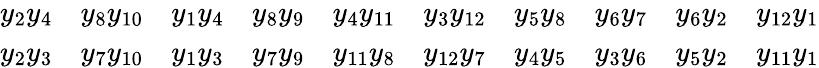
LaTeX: \begin{array}{rlrlrlrlrl}{{y_{2}y_{4}}}&{{y_{8}y_{10}}}&{{y_{1}y_{4}}}&{{y_{8}y_{9}}}&{{y_{4}y_{11}}}&{{y_{3}y_{12}}}&{{y_{5}y_{8}}}&{{y_{6}y_{7}}}&{{y_{6}y_{2}}}&{{y_{12}y_{1}}}\\ {{y_{2}y_{3}}}&{{y_{7}y_{10}}}&{{y_{1}y_{3}}}&{{y_{7}y_{9}}}&{{y_{11}y_{8}}}&{{y_{12}y_{7}}}&{{y_{4}y_{5}}}&{{y_{3}y_{6}}}&{{y_{5}y_{2}}}&{{y_{11}y_{1}}}\end{array}